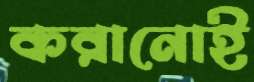
করানোই